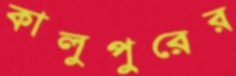
কালুপুরের